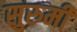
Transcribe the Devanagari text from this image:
सुरुमी